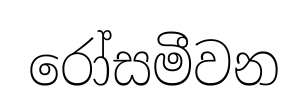
රෝසමීවන